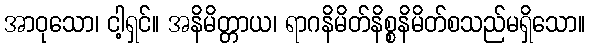
အာဝုသော၊ ငါ့ရှင်။ အနိမိတ္တာယ၊ ရာဂနိမိတ်နိစ္စနိမိတ်စသည်မရှိသော။